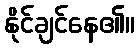
နိုင်ချင်နေ၏။